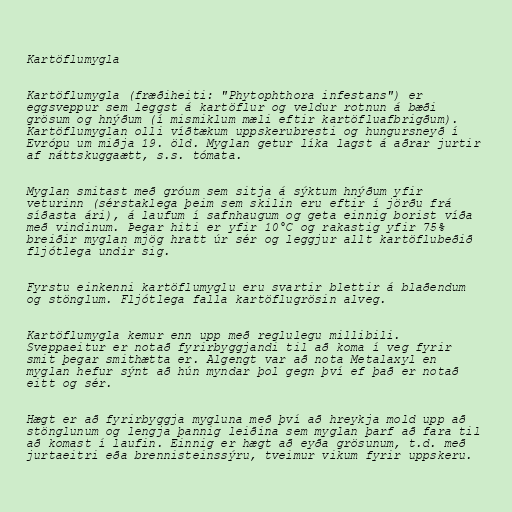
Kartöflumygla

Kartöflumygla (fræðiheiti: "Phytophthora infestans") er
eggsveppur sem leggst á kartöflur og veldur rotnun á bæði
grösum og hnýðum (í mismiklum mæli eftir kartöfluafbrigðum).
Kartöflumyglan olli víðtækum uppskerubresti og hungursneyð í
Evrópu um miðja 19. öld. Myglan getur líka lagst á aðrar jurtir
af náttskuggaætt, s.s. tómata.

Myglan smitast með gróum sem sitja á sýktum hnýðum yfir
veturinn (sérstaklega þeim sem skilin eru eftir í jörðu frá
síðasta ári), á laufum í safnhaugum og geta einnig borist víða
með vindinum. Þegar hiti er yfir 10°C og rakastig yfir 75%
breiðir myglan mjög hratt úr sér og leggjur allt kartöflubeðið
fljótlega undir sig.

Fyrstu einkenni kartöflumyglu eru svartir blettir á blaðendum
og stönglum. Fljótlega falla kartöflugrösin alveg.

Kartöflumygla kemur enn upp með reglulegu millibili.
Sveppaeitur er notað fyrirbyggjandi til að koma í veg fyrir
smit þegar smithætta er. Algengt var að nota Metalaxyl en
myglan hefur sýnt að hún myndar þol gegn því ef það er notað
eitt og sér.

Hægt er að fyrirbyggja mygluna með því að hreykja mold upp að
stönglunum og lengja þannig leiðina sem myglan þarf að fara til
að komast í laufin. Einnig er hægt að eyða grösunum, t.d. með
jurtaeitri eða brennisteinssýru, tveimur vikum fyrir uppskeru.